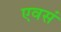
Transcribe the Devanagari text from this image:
एवसं